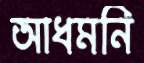
আধমনি